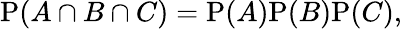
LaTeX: \mathrm{P}(A\cap B\cap C)=\mathrm{P}(A)\mathrm{P}(B)\mathrm{P}(C),